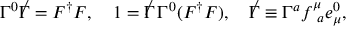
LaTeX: \Gamma ^ { 0 } { \not \Gamma } = { \cal F } ^ { \dag } { \cal F } , ~ ~ ~ 1 = { \not \Gamma } \, \Gamma ^ { 0 } ( { \cal F } ^ { \dag } { \cal F } ) , ~ ~ ~ { \not \Gamma } \equiv \Gamma ^ { a } f _ { ~ a } ^ { \mu } e _ { \mu } ^ { 0 } ,